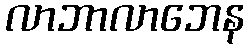
လာဘာလာဘေန